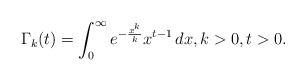
\begin{align*}\Gamma_k(t)=\int_0^\infty e^{-\frac{x^k}{k}}x^{t-1}\,dx, k>0,t>0.\end{align*}